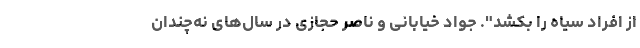
از افراد سیاه را بکشد". جواد خیابانی و ناصر حجازی در سال‌های نه‌چندان